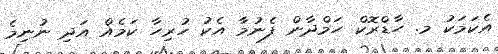
އެކަމަކު މ. ހާޑްރޮކް ހަމްދާން ފެނުމާ އެކު ހުރިހާ ކަމެއް އަދި ނުނިމެ